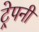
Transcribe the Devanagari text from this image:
ट्रेपनी